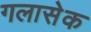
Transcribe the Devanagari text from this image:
गलासेक